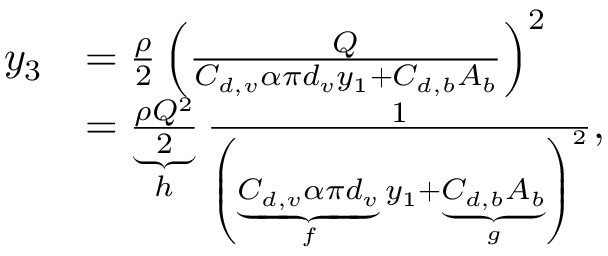
\begin{array} { r l } { y _ { 3 } } & { = \frac { \rho } { 2 } \left( \frac { Q } { C _ { d , v } \alpha \pi d _ { v } y _ { 1 } + C _ { d , b } A _ { b } } \right) ^ { 2 } } \\ & { = \underbrace { \frac { \rho Q ^ { 2 } } { 2 } } _ { h } \frac { 1 } { \left( \underbrace { C _ { d , v } \alpha \pi d _ { v } } _ { f } y _ { 1 } + \underbrace { C _ { d , b } A _ { b } } _ { g } \right) ^ { 2 } } , } \end{array}